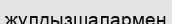
жұлдызшалармен